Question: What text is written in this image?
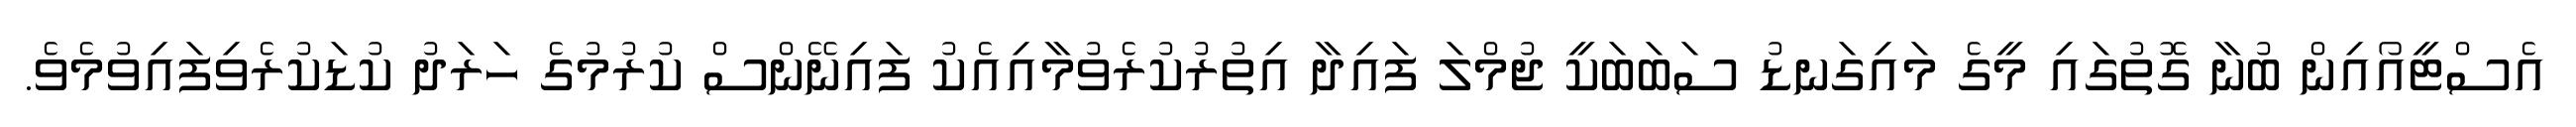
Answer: އެސްޓީއޯއިން ބުނާ ގޮތުގައި މީގެ މައިގަނޑު ސަބަބަކީ ޖުމްލަ ފައިދާ އިތުރުކުރެވުމާއިއެކު ފައިނޭންސް ކުރުމުގެ ހަރަދު ކުޑަކުރެވިފައިވުމެވެ.